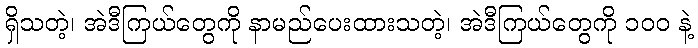
ရှိသတဲ့၊ အဲဒီကြယ်တွေကို နာမည်ပေးထားသတဲ့၊ အဲဒီကြယ်တွေကို ၁၀၀ နဲ့